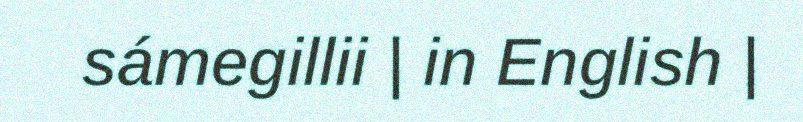
sámegillii | in English |